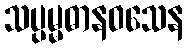
သပ္ပမ္မဓာနဝသေန